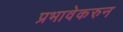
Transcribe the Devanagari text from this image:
प्रभावेकरुन